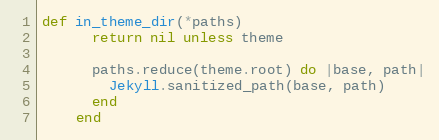
Language: Ruby
def in_theme_dir(*paths)
      return nil unless theme

      paths.reduce(theme.root) do |base, path|
        Jekyll.sanitized_path(base, path)
      end
    end